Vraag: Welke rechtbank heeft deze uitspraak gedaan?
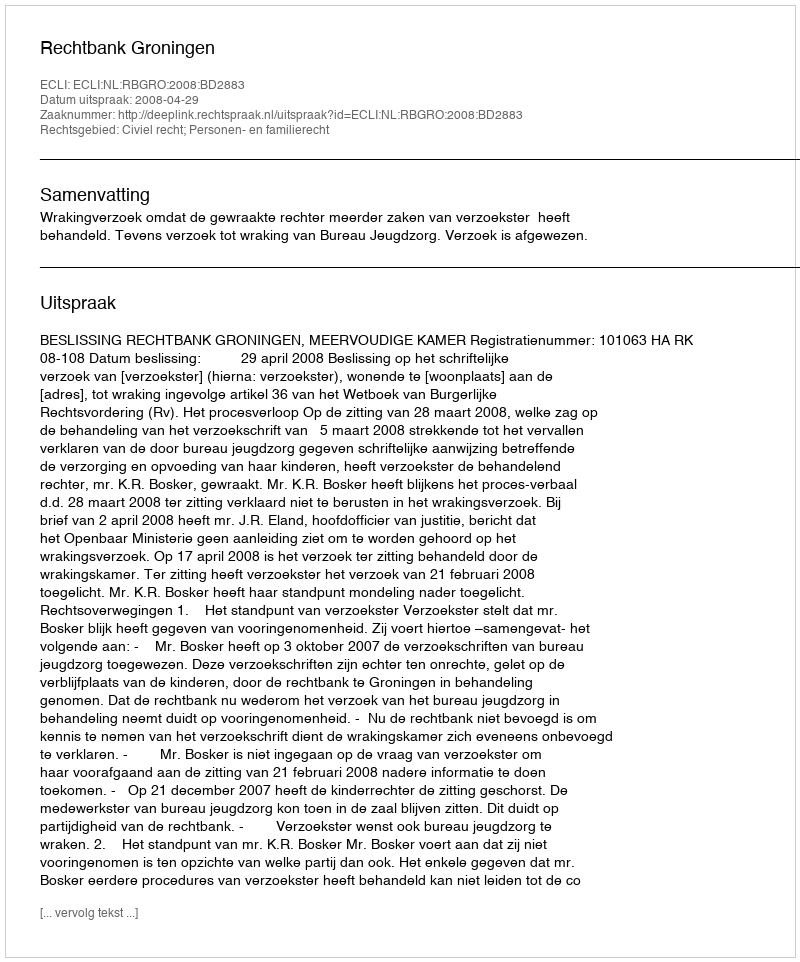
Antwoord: Rechtbank Groningen